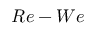
R e - W e